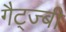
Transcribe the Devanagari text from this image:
गैट्ज्बी